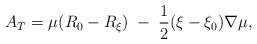
\begin{align*}A_{T}=\mu(R_{0}-R_{\xi})\;-\;\frac{1}{2}(\xi-\xi_{0})\nabla\mu,\end{align*}